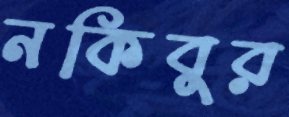
নকিবুর